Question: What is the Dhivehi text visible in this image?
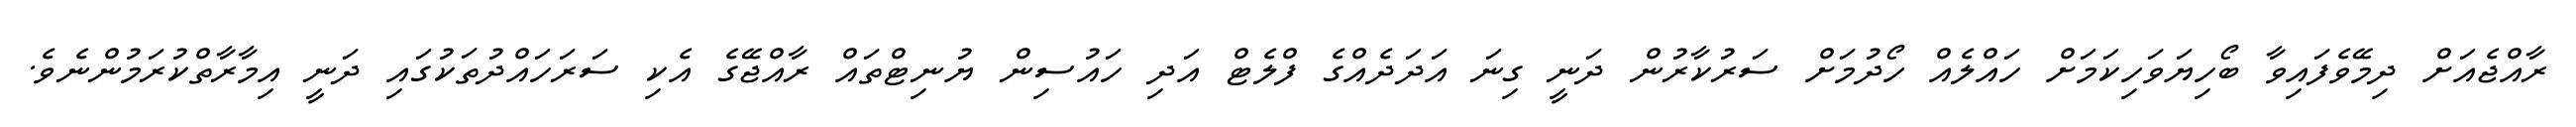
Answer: ރާއްޖެއަށް ދިމޭވެފައިވާ ބޯހިޔަވަހިކަމަށް ހައްލެއް ހޯދުމަށް ސަރުކާރުން ދަނީ ގިނަ އަދަދެއްގެ ފްލެޓް އަދި ހައުސިން ޔުނިޓްތައް ރާއްޖޭގެ އެކި ސަރަހައްދުތަކުގައި ދަނީ އިމާރާތްކުރަމުންނެވެ.